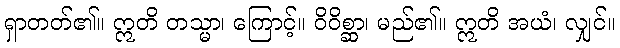
ရှာတတ်၏။ ဣတိ တသ္မာ၊ ကြောင့်။ ဝိဝိစ္ဆာ၊ မည်၏။ ဣတိ အယံ၊ လျှင်။